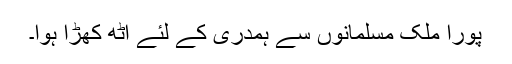
پورا ملک مسلمانوں سے ہمدری کے لئے اٹھ کھڑا ہوا۔